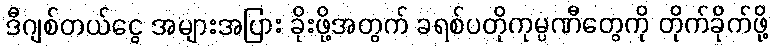
ဒီဂျစ်တယ်ငွေ အများအပြား ခိုးဖို့အတွက် ခရစ်ပတိုကုမ္ပဏီတွေကို တိုက်ခိုက်ဖို့